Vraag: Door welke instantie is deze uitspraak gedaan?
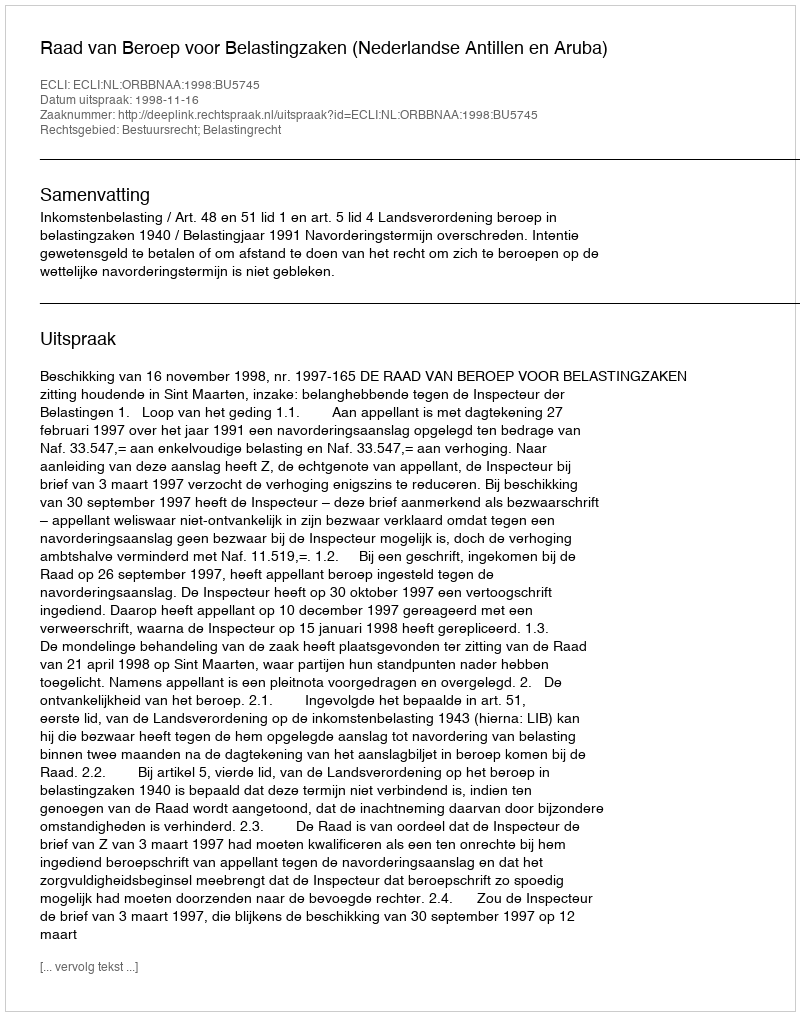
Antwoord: Raad van Beroep voor Belastingzaken (Nederlandse Antillen en Aruba)